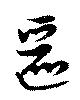
邐